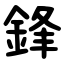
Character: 鋒